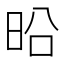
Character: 㫟